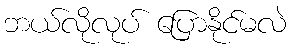
ဘယ်လိုလုပ် ပြောနိုင်မလဲ